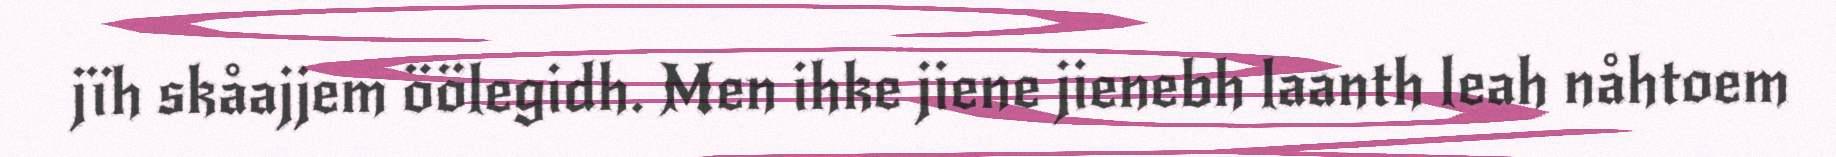
jïh skåajjem öölegidh. Men ihke jiene jienebh laanth leah nåhtoem